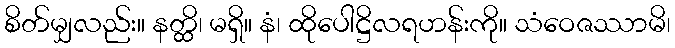
စိတ်မျှလည်း။ နတ္ထိ၊ မရှိ။ နံ၊ ထိုပေါဋ္ဌိလရဟန်းကို။ သံဝေဇဿာမိ၊